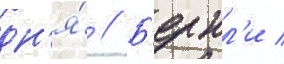
дн'я́ // Б'ернл'и /